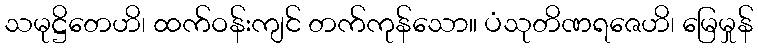
သမုဋ္ဌိတေဟိ၊ ထက်ဝန်းကျင် တက်ကုန်သော။ ပံသုတိဏရဇေဟိ၊ မြေမှုန်